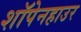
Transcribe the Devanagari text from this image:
शॉपेनहाउर